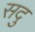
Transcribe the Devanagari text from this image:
सदु